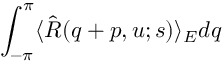
\int _ { - \pi } ^ { \pi } \langle \hat { R } ( q + p , u ; s ) \rangle _ { E } d q